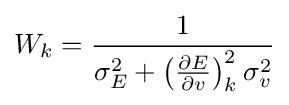
W_{k}={\frac {1}{\sigma _{E}^{2}+\left({\frac {\partial E}{\partial v}}\right)_{k}^{2}\sigma _{v}^{2}}}